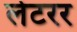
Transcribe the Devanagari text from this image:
लेटरर